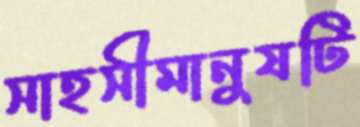
সাহসীমানুষটি